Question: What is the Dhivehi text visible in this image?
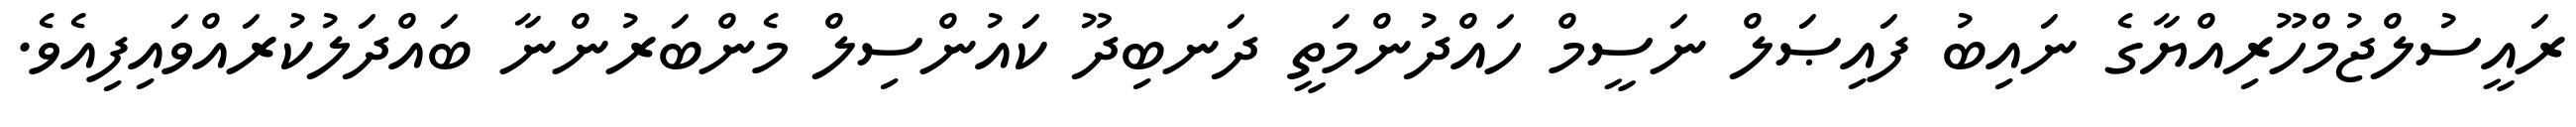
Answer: ރައީސުލްޖުމްހޫރިއްޔާގެ ނައިބު ފައިޞަލް ނަސީމް ހައްދުންމަތީ ދަނބިދޫ ކައުންސިލް މެންބަރުންނާ ބައްދަލުކުރައްވައިފިއެވެ.